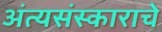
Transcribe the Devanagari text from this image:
अंत्यसंस्काराचे